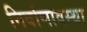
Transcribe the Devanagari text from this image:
निर्वाणावस्था